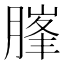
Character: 𰯃